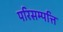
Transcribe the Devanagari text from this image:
परिसम्‍पत्ति